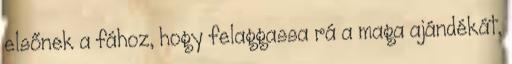
elsőnek a fához, hogy felaggassa rá a maga ajándékát,